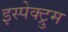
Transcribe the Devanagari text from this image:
इस्पेक्ट्रुम